Leaving Certificate Examination, 1923
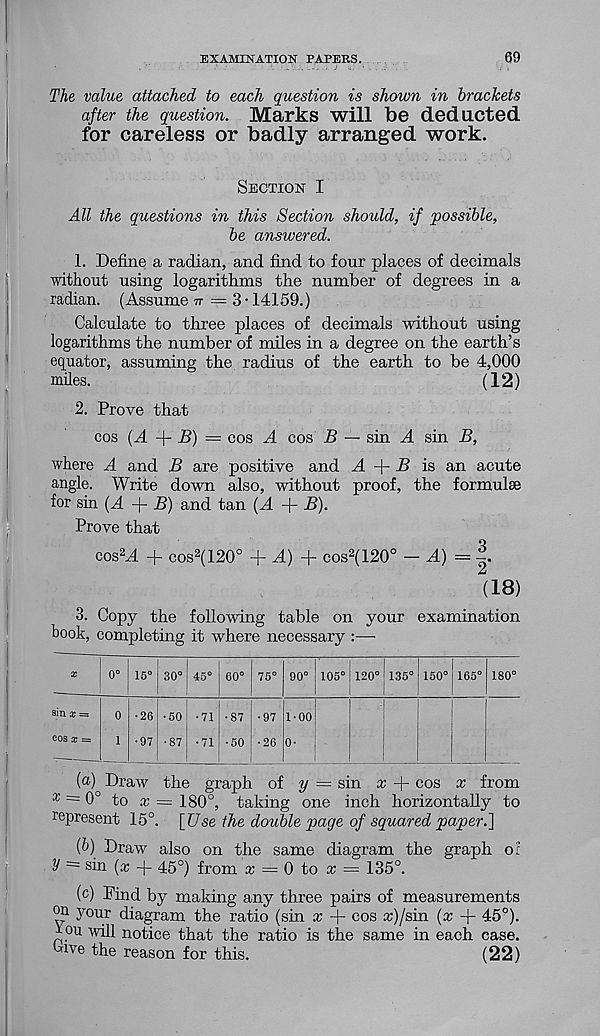
EXAMINATION PAPERS.
69
The value attached to each question is shown in brackets
after the question. Marks will be deducted
for careless or badly arranged work.
Section I
All the questions in this Section should, if possible,
be answered.
1. Define a radian, and find to four places of decimals
without using logarithms the number of degrees in a
radian. (Assume n = 3-14159.)
Calculate to three places of decimals without using
logarithms the number of miles in a degree on the earth’s
equator, assuming the radius of the earth to be 4,000
miles.
(12)
2. Prove that
cos (A -j- B) — cos A cos D — sin A sin B,
where A and B are positive and A -j- H is an acute
angle. Write down also, without proof, the formulae
for sin (A -(- B) and tan (A + B).
Prove that
cos 2 A + cos 2 (120° + A) + cos 2 (120° — A) =
(18)
3. Copy the following table on your examination
book, completing it where necessary :—
sin x =
cos x =
(a) Draw the graph of 2/ = sin x -f cos x from
* = 0° to x = 180°, taking one inch horizontally to
represent 15°. [Use the double page of squared paper.]
(b)
' Draw also on the same diagram t
V ~ sin (x + 45°) from x = 0 to x = 135°.
(c) Pind by making any three pairs of measurements
'P 1 your diagram the ratio (sin x + cos a:)/sin (x -{- 45°).
t on will notice that the ratio is the same in each case.
Cive the reason for this.
(22)
15°
•26
•97
30°
•50
•87
45°
•71
•71
60°
•87
•50
75°
•97
•26
90°
1-00
0-
105°
I
120° 135° 150° 165°